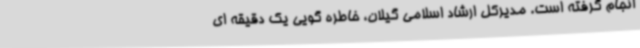
انجام گرفته است. مدیرکل ارشاد اسلامی گیلان، خاطره گویی یک دقیقه ای